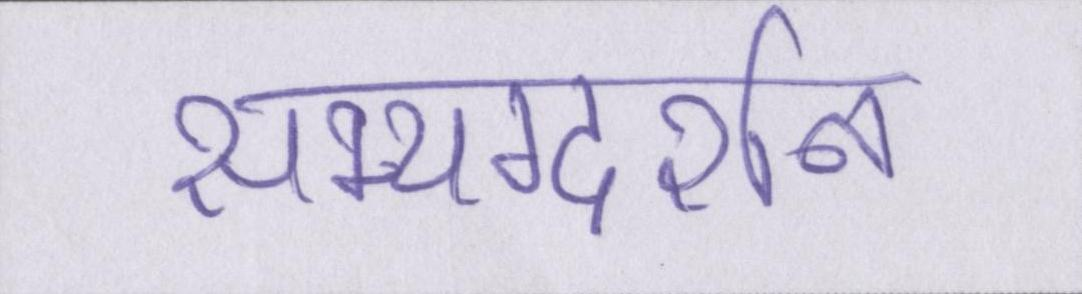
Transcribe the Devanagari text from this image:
सम्यग्दर्शन